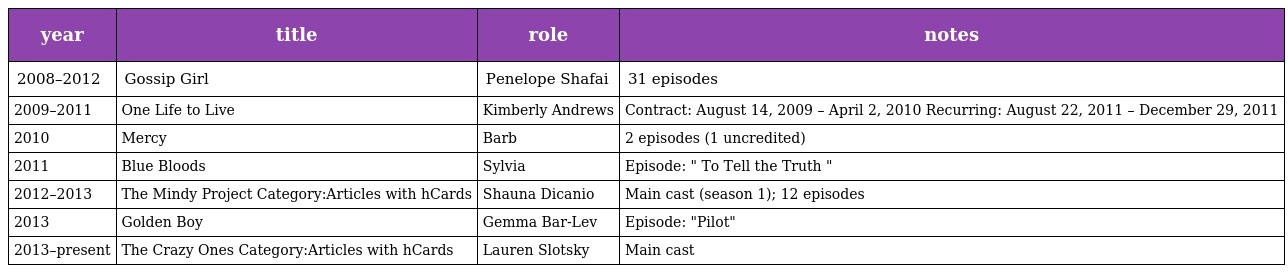
| year | title | role | notes |
 | --- | --- | --- | --- |
 | 2008–2012 | Gossip Girl | Penelope Shafai | 31 episodes |
 | 2009–2011 | One Life to Live | Kimberly Andrews | Contract: August 14, 2009 – April 2, 2010 Recurring: August 22, 2011 – December 29, 2011 |
 | 2010 | Mercy | Barb | 2 episodes (1 uncredited) |
 | 2011 | Blue Bloods | Sylvia | Episode: " To Tell the Truth " |
 | 2012–2013 | The Mindy Project Category:Articles with hCards | Shauna Dicanio | Main cast (season 1); 12 episodes |
 | 2013 | Golden Boy | Gemma Bar-Lev | Episode: "Pilot" |
 | 2013–present | The Crazy Ones Category:Articles with hCards | Lauren Slotsky | Main cast |